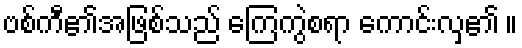
ဗစ်ကီ၏အဖြစ်သည် ကြေကွဲစရာ ကောင်းလှ၏ ။